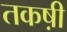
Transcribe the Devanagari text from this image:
तकष़ी